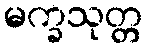
မက္ခသုတ္တ